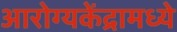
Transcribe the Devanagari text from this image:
आरोग्यकेंद्रामध्ये